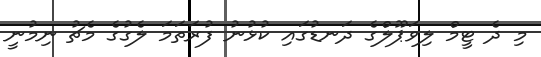
މި ދެ ޓީމް ލިވަޕޫލްގެ ދަނޑުގައި ކުޅުނު ފުރަތަމަ ލެގުގެ މެޗު ނިމުނީ